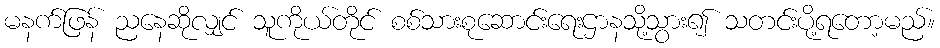
မနက်ဖြန် ညနေဆိုလျှင် သူကိုယ်တိုင် စစ်သားစုဆောင်းရေးဌာနသို့သွား၍ သတင်းပို့ရတော့မည်။